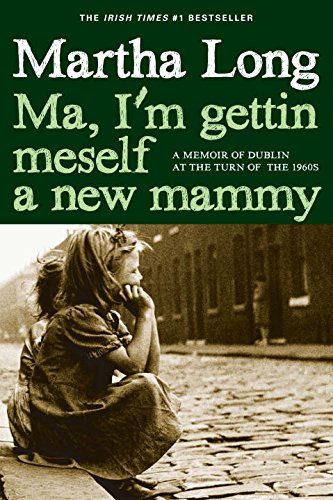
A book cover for Ma, I'm Gettin Meself a New Mammy: A Memoir of Dublin at the Turn of the 1960s; Martha Long; Biographies & Memoirs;